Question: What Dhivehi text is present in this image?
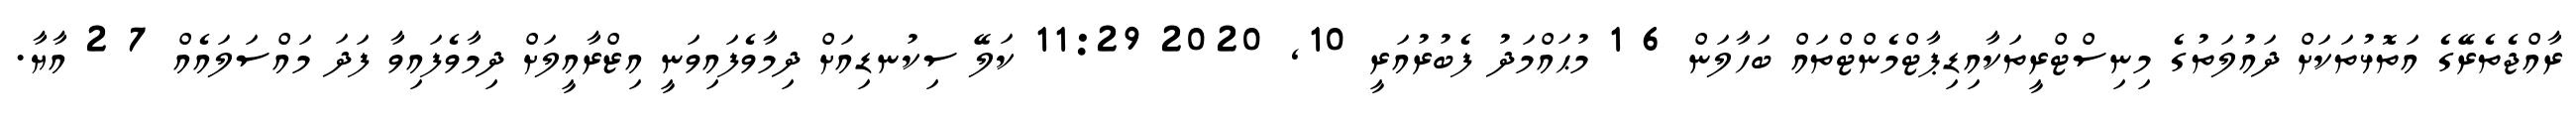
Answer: ރާއްޖެތެރޭގެ އަތޮޅުތަކަށް ދައުލަތުގެ މިނިސްޓްރީތަކާއިޑިޕާޓްމެންޓްތައް ބަހާލަން 6 1 މުޙައްމަދު ފެބުރުއަރީ 10, 2020 11:29 ކަލޭ ސިކުނޑިއަށް ދިމާވެފައިވަނީ އިޒްރާއީލަށް ދިމާވެފައިވާ ފަދަ މައްސަލައެއް 7 2 އާޔާ.